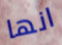
انها